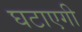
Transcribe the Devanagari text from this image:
घटाएगी